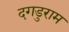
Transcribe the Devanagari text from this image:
दगडुराम